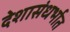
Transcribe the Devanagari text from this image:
देशासंधर्भात